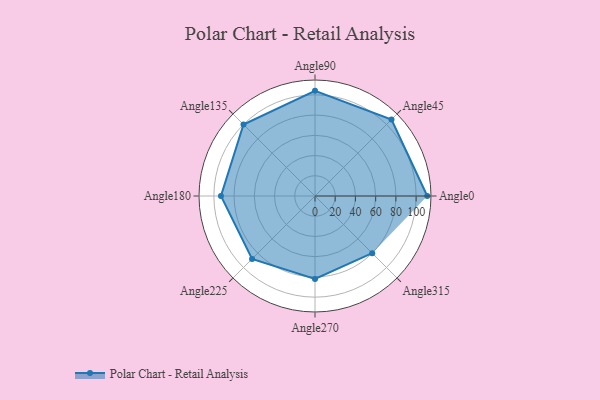
{"axis": {"x": "Angle", "y": "Radius"}, "legend": [""], "data": [{"x": "Angle0", "y": 111.0, "type": ""}, {"x": "Angle45", "y": 107.0, "type": ""}, {"x": "Angle90", "y": 104.0, "type": ""}, {"x": "Angle135", "y": 100.0, "type": ""}, {"x": "Angle180", "y": 93.0, "type": ""}, {"x": "Angle225", "y": 88.0, "type": ""}, {"x": "Angle270", "y": 82.0, "type": ""}, {"x": "Angle315", "y": 80.0, "type": ""}]}